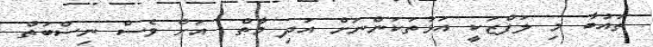
ތައުބާ މި ލަފްޒަކީ އަޅުތަކަންނަށް އަދި މާތް  އަށް ވެސް ނިސްބަތް